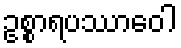
ဥစ္စာရပဿာဝေါ